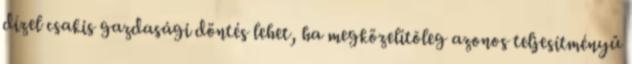
dízel csakis gazdasági döntés lehet, ha megközelítõleg azonos teljesítményû